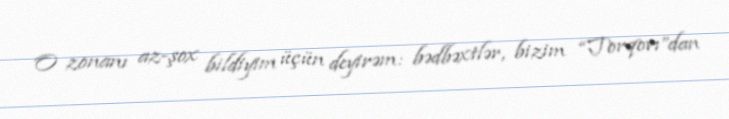
O zonanı az-şox bildiyim üçün deyirəm: bədbəxtlər, bizim “Torqovı”dan